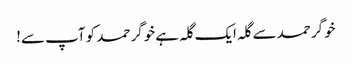
خوگر حمد سے گلہ ایک گلہ ہے خوگر حمد کو آپ سے!